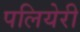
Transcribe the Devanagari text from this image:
पलियेरी